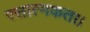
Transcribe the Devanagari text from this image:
रसात्मकता।